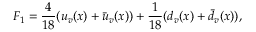
F _ { 1 } = \frac { 4 } { 1 8 } ( u _ { v } ( x ) + \bar { u } _ { v } ( x ) ) + \frac { 1 } { 1 8 } ( d _ { v } ( x ) + \bar { d } _ { v } ( x ) ) ,